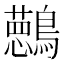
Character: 𱉀